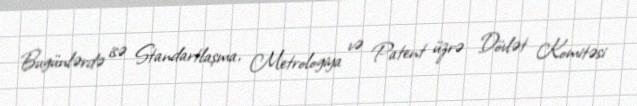
Bugünlərdə isə Standartlaşma, Metrologiya və Patent üzrə Dövlət Komitəsi